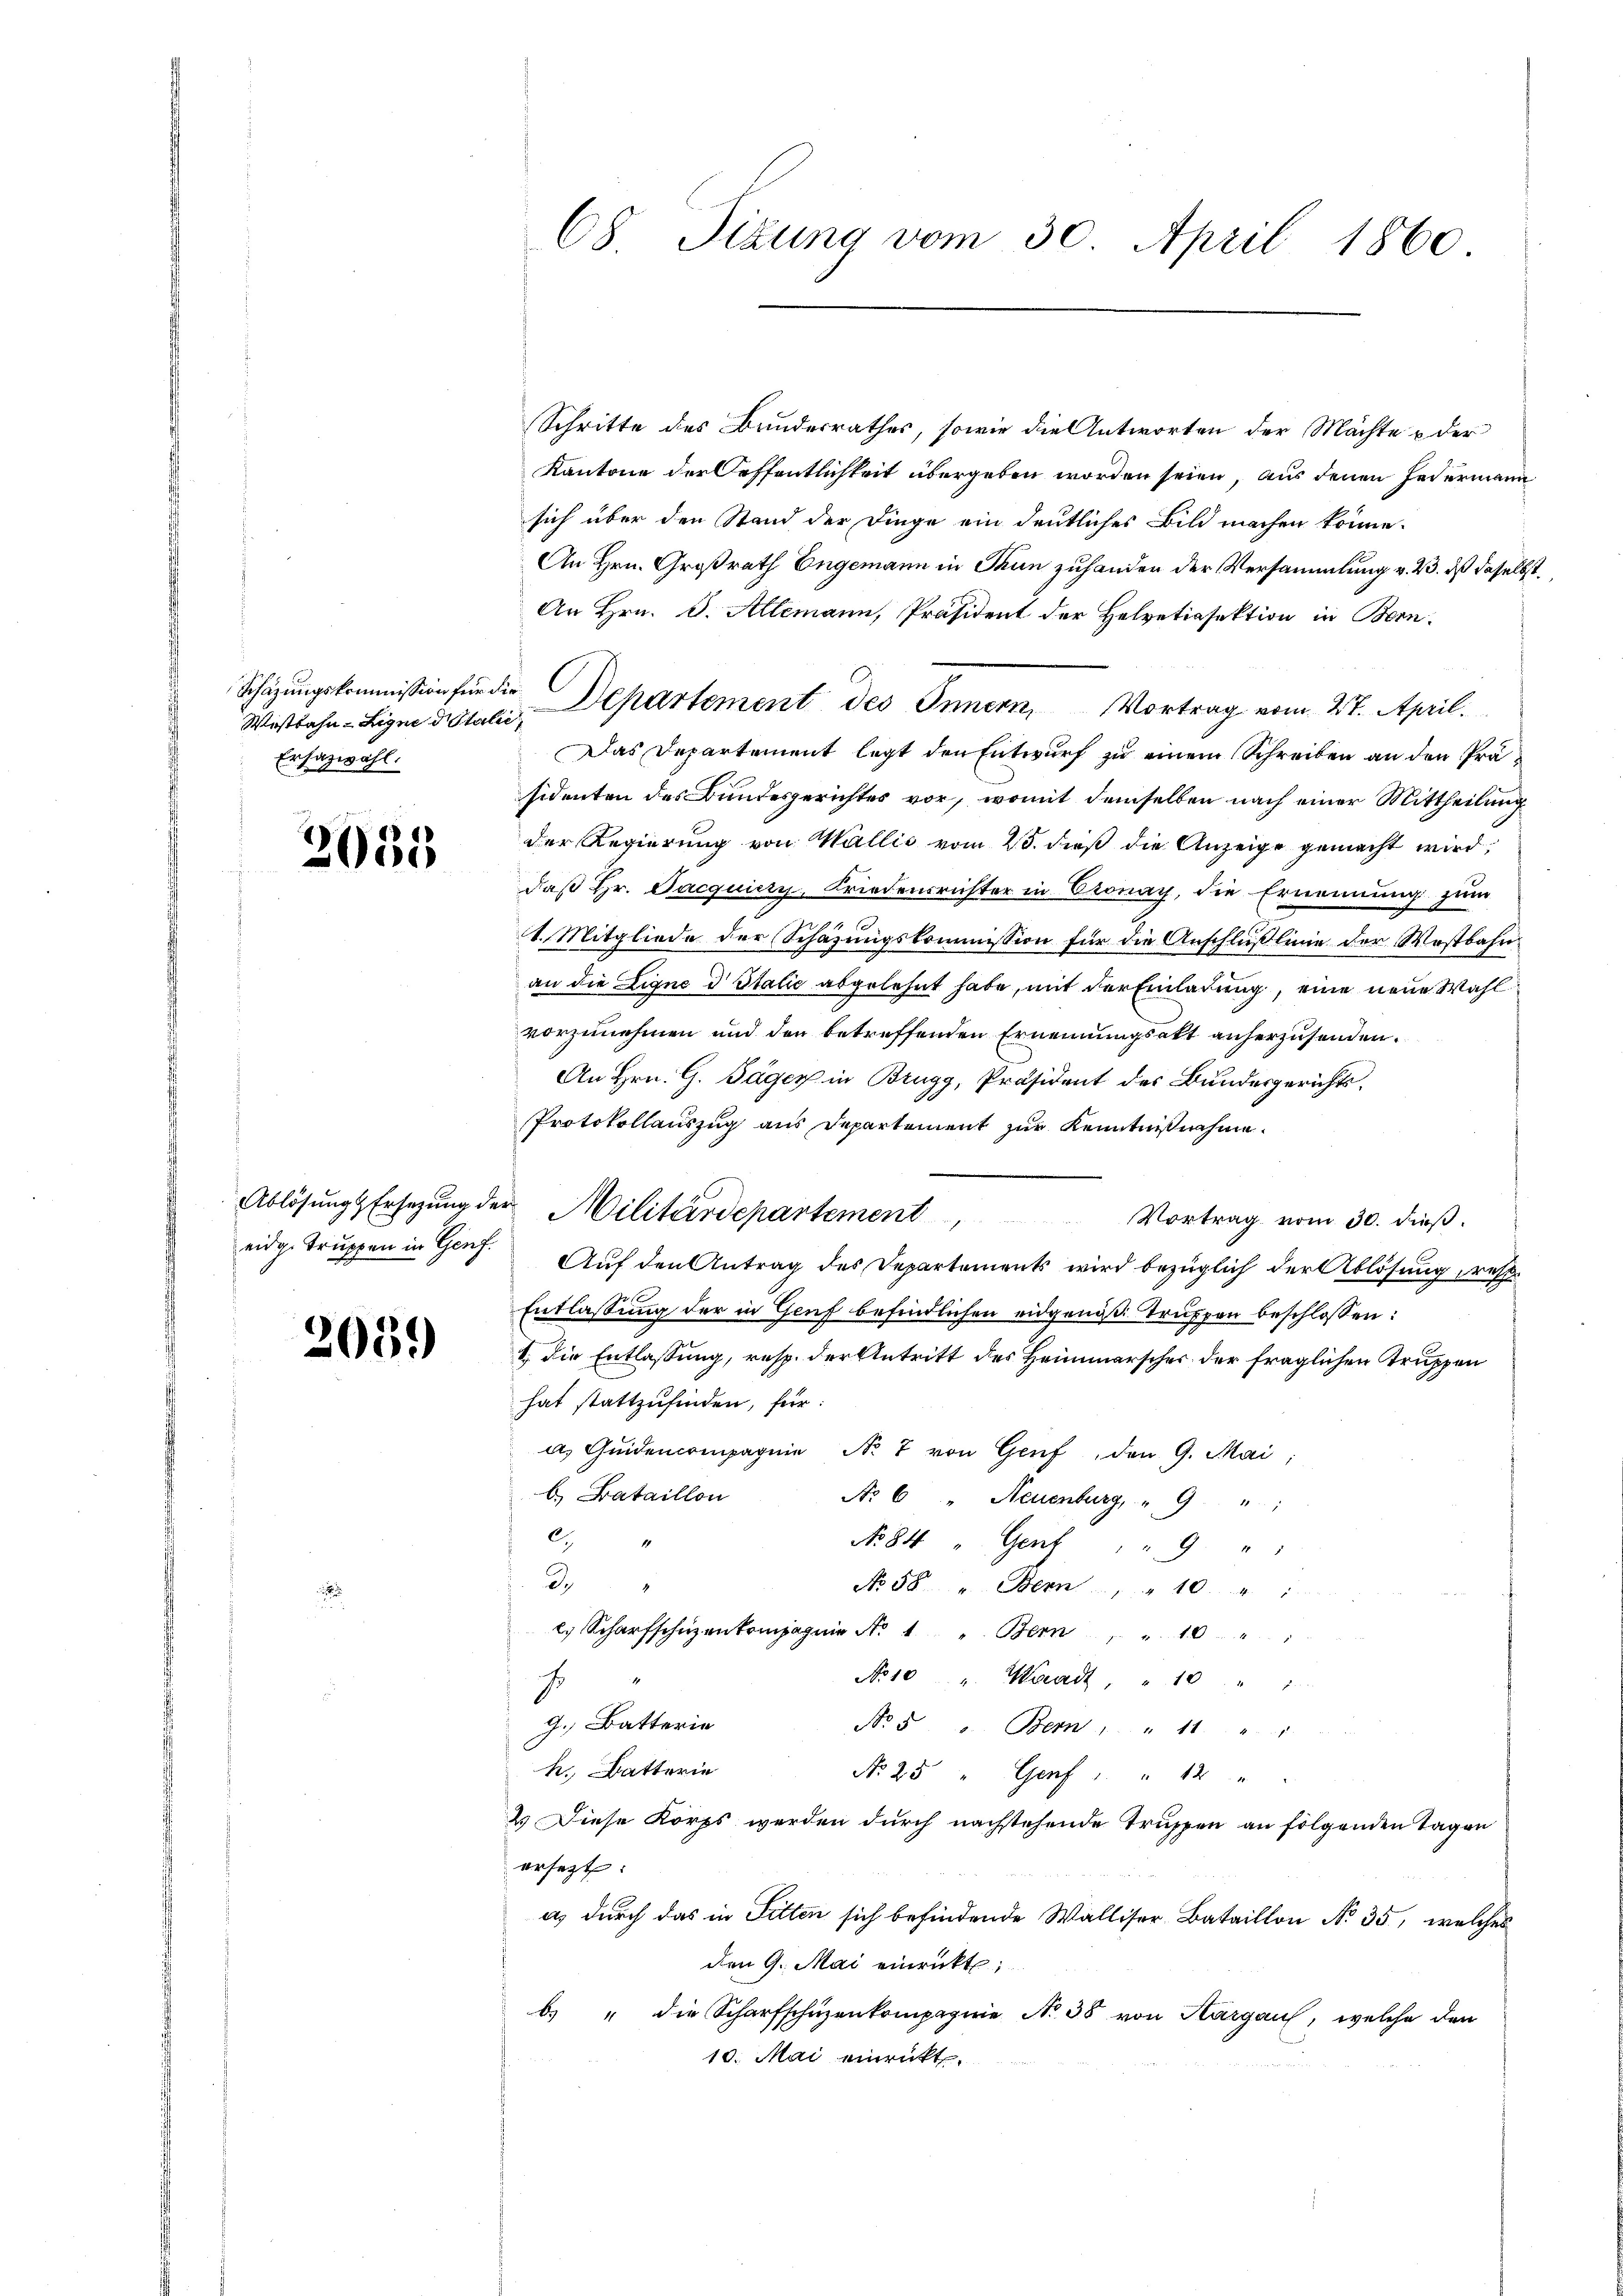
Schazungskommission für die
Wostbahn-Ligne d. Stalie
Ersazwahl.

2055

Ablösung Ersezung

2059)

Schritte des Bundesrathes, sowie die Antworten der Mächte u der
Kantone der Oeffentlichkeit übergeben worden seien, aus denen Federmann
sich über den Stand der Dinge ein deutliches Bild machen könne.
An Hrn. Großrath Engemann in Thun zuhanden der Versammlung v. 23. dß daselbst,
An Hrn. J. Allemann, Präsident der Helvetiasektion in Bern.
Departement des Innern, Vortrag vom 27. April.
Das Departement legt den Entwurf zu einem Schreiben an den Präsidenten des Bundesgerichtes vor, womit demselben nach einer Mittheilung
der Regierung von Wallis vom 25. dieß die Anzeige gemacht wird,
daß Hr. Jacquiczy, Friedensrichter in Pronay, die Ernennung zum
1. Mitgliede der Schazungskommission für die Anschlüßlinie der Westbahn
an die Eigne d Italić abgelehnt habe, mit der Einladung, eine neue Wahl
vorzunehmen und den betreffenden Ernennungsakt anherzusenden.
An Hrn. G. Täger in Brugg, Präsident des Bundesgerichts¬
Protokollauszug aus Departement zur Kenntnißnahme.
der Militärdepartement
Vortrag vom 30. dieß.
eidg. Truppen in Genf. Auf den Antrag des Departements wird bezüglich der Ablösung resp.
Entlassung der in Genf befindlichen eidgenöß Truppen beschlossen:
1, die Entlassung, resp. der Antritt des Heimmarscher der fraglichen Truppen
hat stattzufinden, für:
a. Quidencompagnie No 7 von Genf, den 9. Mai,
b. Bataillon
Nr 6 " Neuenburg, " 9 " "
C.4
No 84 " Genf " " 9 "
d.
.
No 58. v. Bern 10
 Scharfschüzenkompagnie N. 1 " Bern " " 10 "
No 10 " Waadt, " 10 " "
g. Batterin
No 5. v. Bern " " 11 " "
h. Batterie
No 25 " Graf " " 12 "
2.) Diese Korps werden durch nachstehende Truppen an folgenden Tagen
ersetzt:
a., durch das in Fitten sich befindende Walliser Bataillon No 35, welches
den 9. Mai einrückt:
b. " die Scharfschüzenkompagnie No 38 von Hargau, welche den
10. Mai einrickt.

68. Sizung vom 30. April 1860